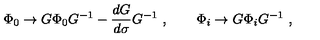
\Phi _ { 0 } \to G \Phi _ { 0 } G ^ { - 1 } - { \frac { d G } { d \sigma } } G ^ { - 1 } \ , \qquad \Phi _ { i } \to G \Phi _ { i } G ^ { - 1 } \ ,